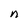
Character: n